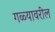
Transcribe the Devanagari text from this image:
गळ्यावरील